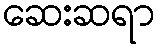
ဆေးဆရာ